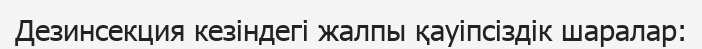
Дезинсекция кезіндегі жалпы қауіпсіздік шаралар: